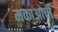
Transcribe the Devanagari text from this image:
मकाओची